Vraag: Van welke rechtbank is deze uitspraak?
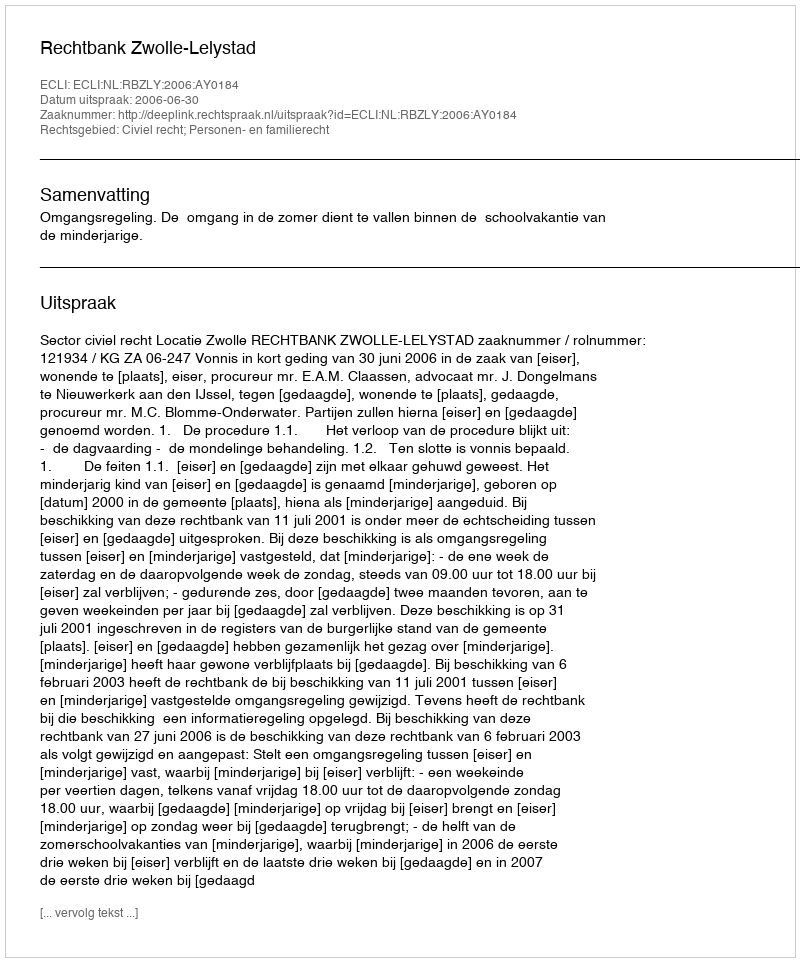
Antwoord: Rechtbank Zwolle-Lelystad